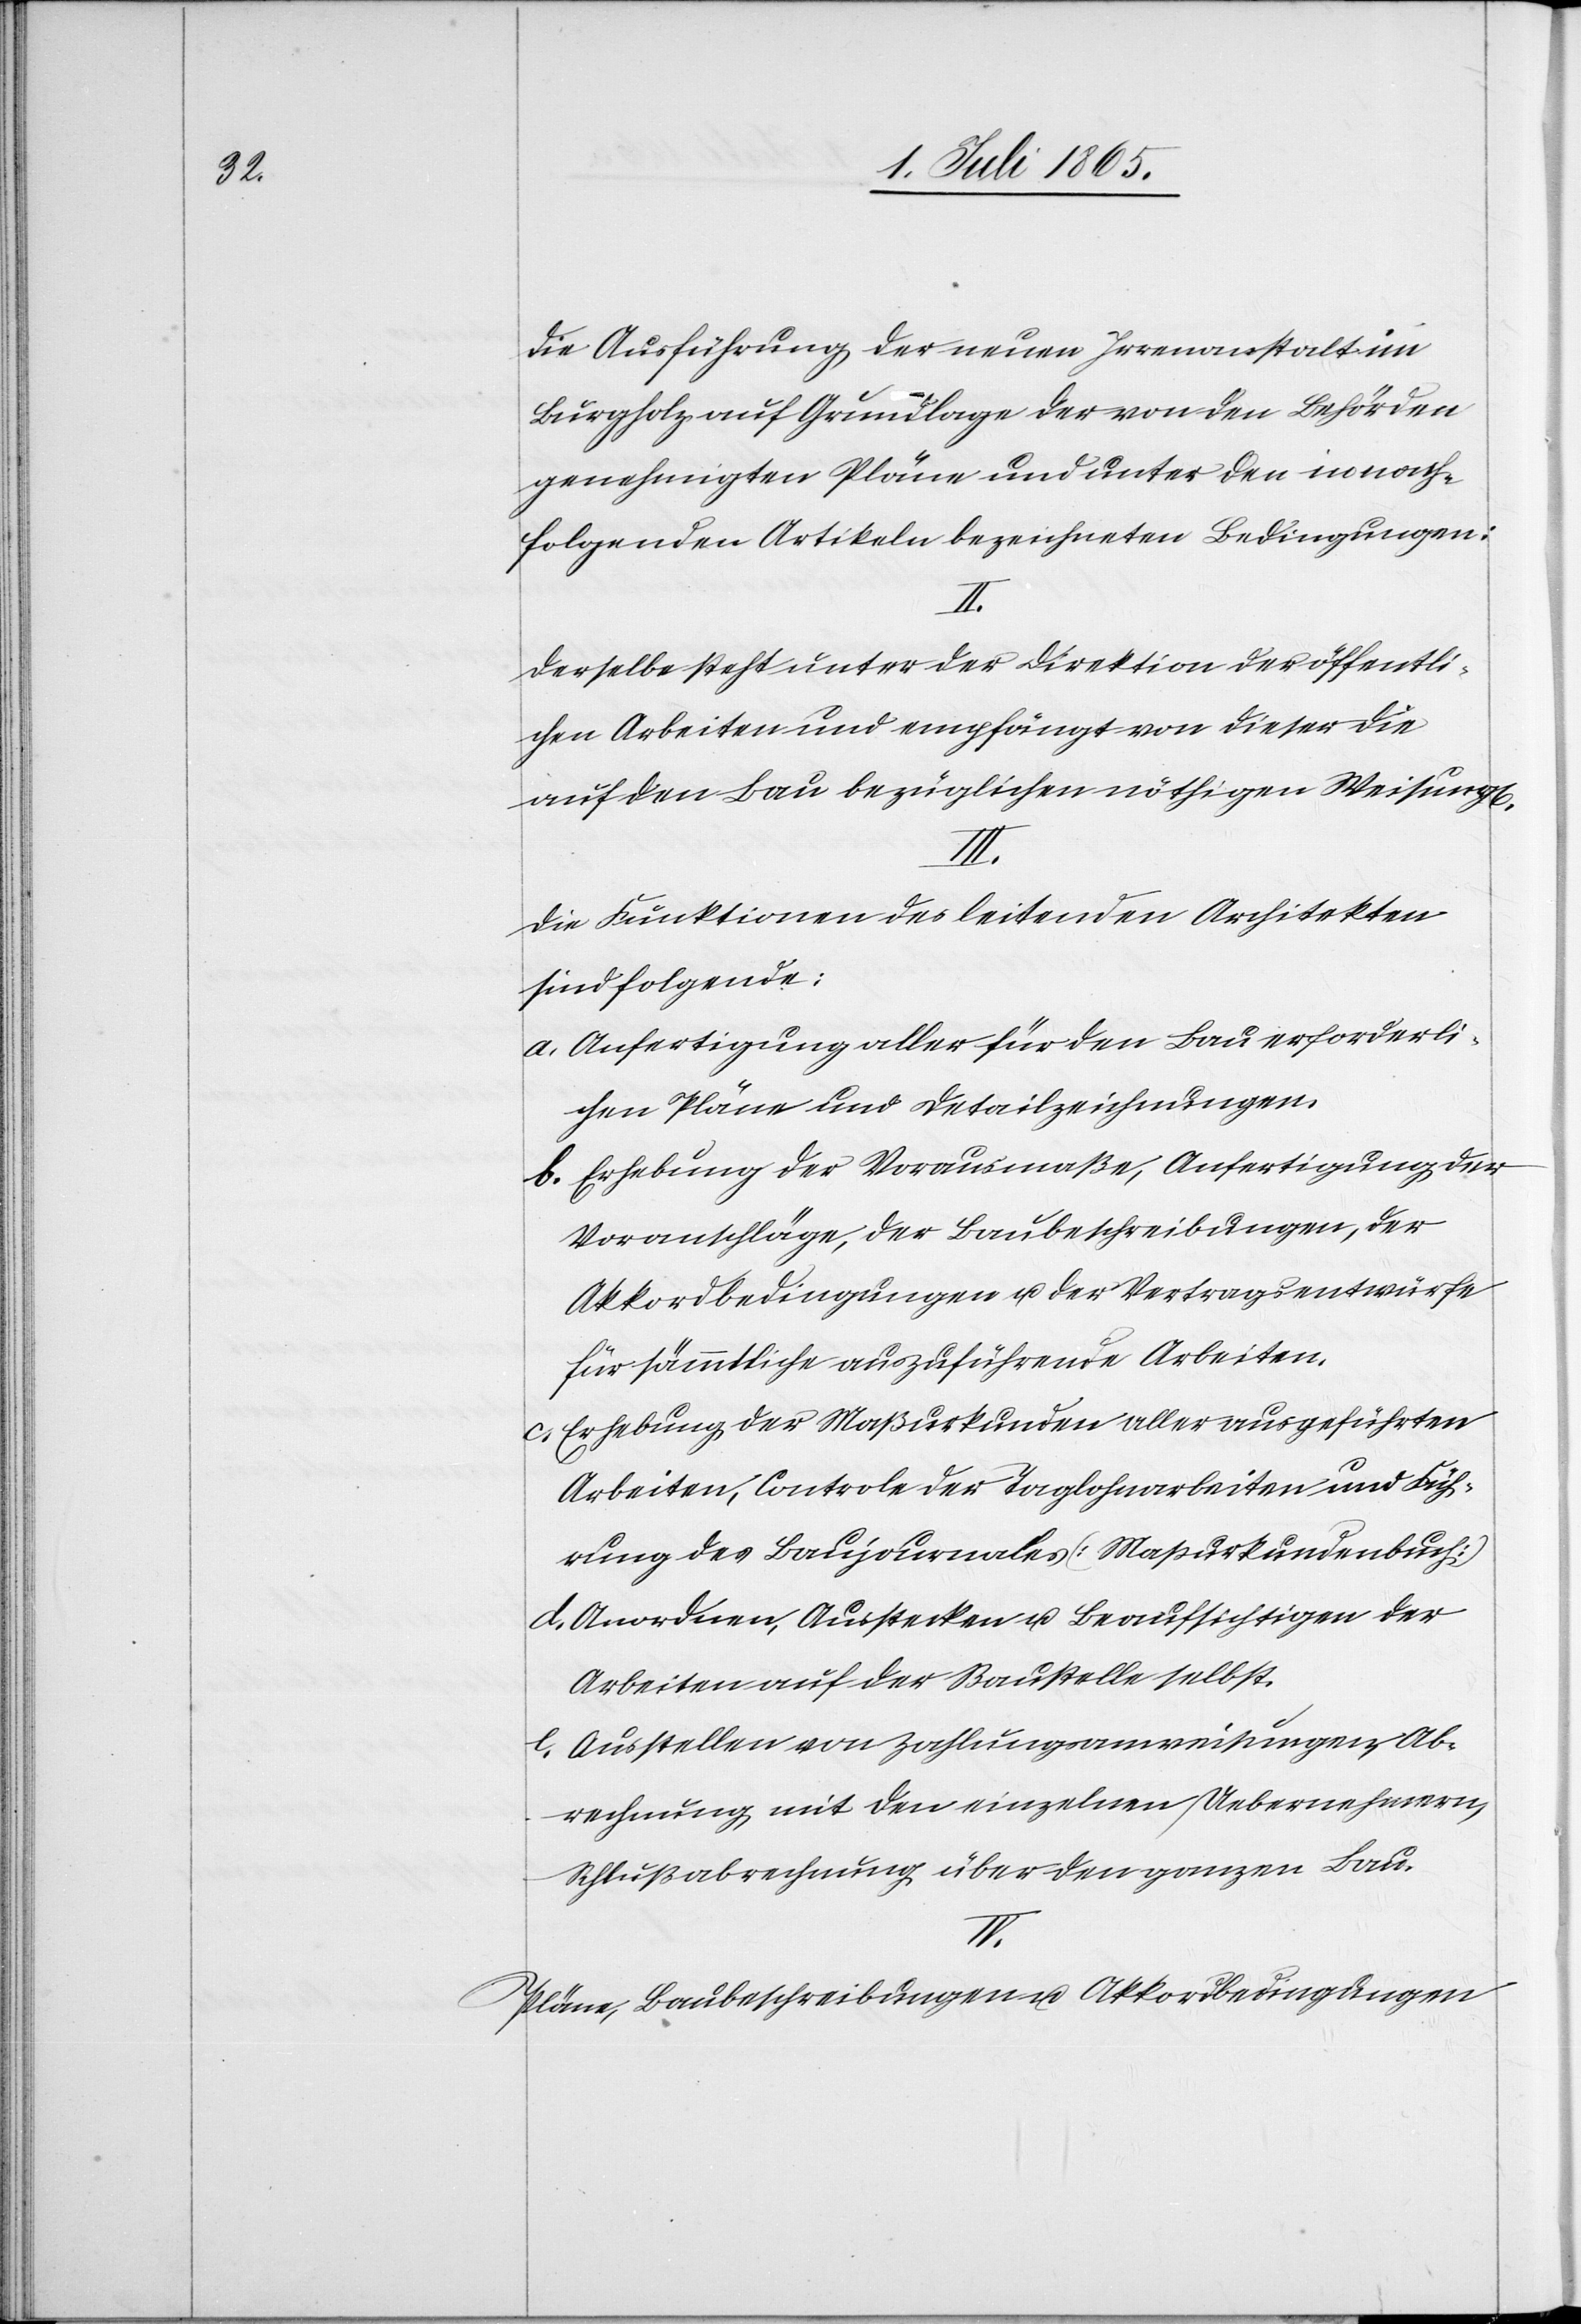
die Ausführung der neuen Irrenanstalt im
Burgholz auf Grundlage der von den Behörden
genehmigten Pläne und unter den in nach¬
folgenden Artikeln bezeichneten Bedingungen:
Derselbe steht unter der Direktion der öffentli¬
chen Arbeiten und empfängt von dieser die
auf den Bau bezüglichen nöthigen Weisung[e¬
Die Funktionen des leitenden Architekten
sind folgende:
a. Anfertigung aller für den Bau erforderli¬
chen Pläne und Detailzeichnungen.
b. Erhebung der Vorausmaße, Anfertigung der
Voranschläge, der Baubeschreibungen, der
Akkordbedingungen u. der Vertragsentwürfe
für sämmtliche auszuführende Arbeiten.
c. Erhebung der Maßurkunden aller ausgeführten
Arbeiten, Controle der Taglohnarbeiten und Füh¬
rung des Baujournales [Maßurkundenbuch]
d. Anordnen, Ausstecken u. Beaufsichtigen der
Arbeiten auf der Baustelle selbst.
e. Ausstellen von Zahlungsanweisungen, Ab¬
rechnung mit den einzelnen Uebernehmern,
Schlußabrechnung über den ganzen Bau.
IV.
Pläne, Baubeschreibungen u. Akkordbedingungen